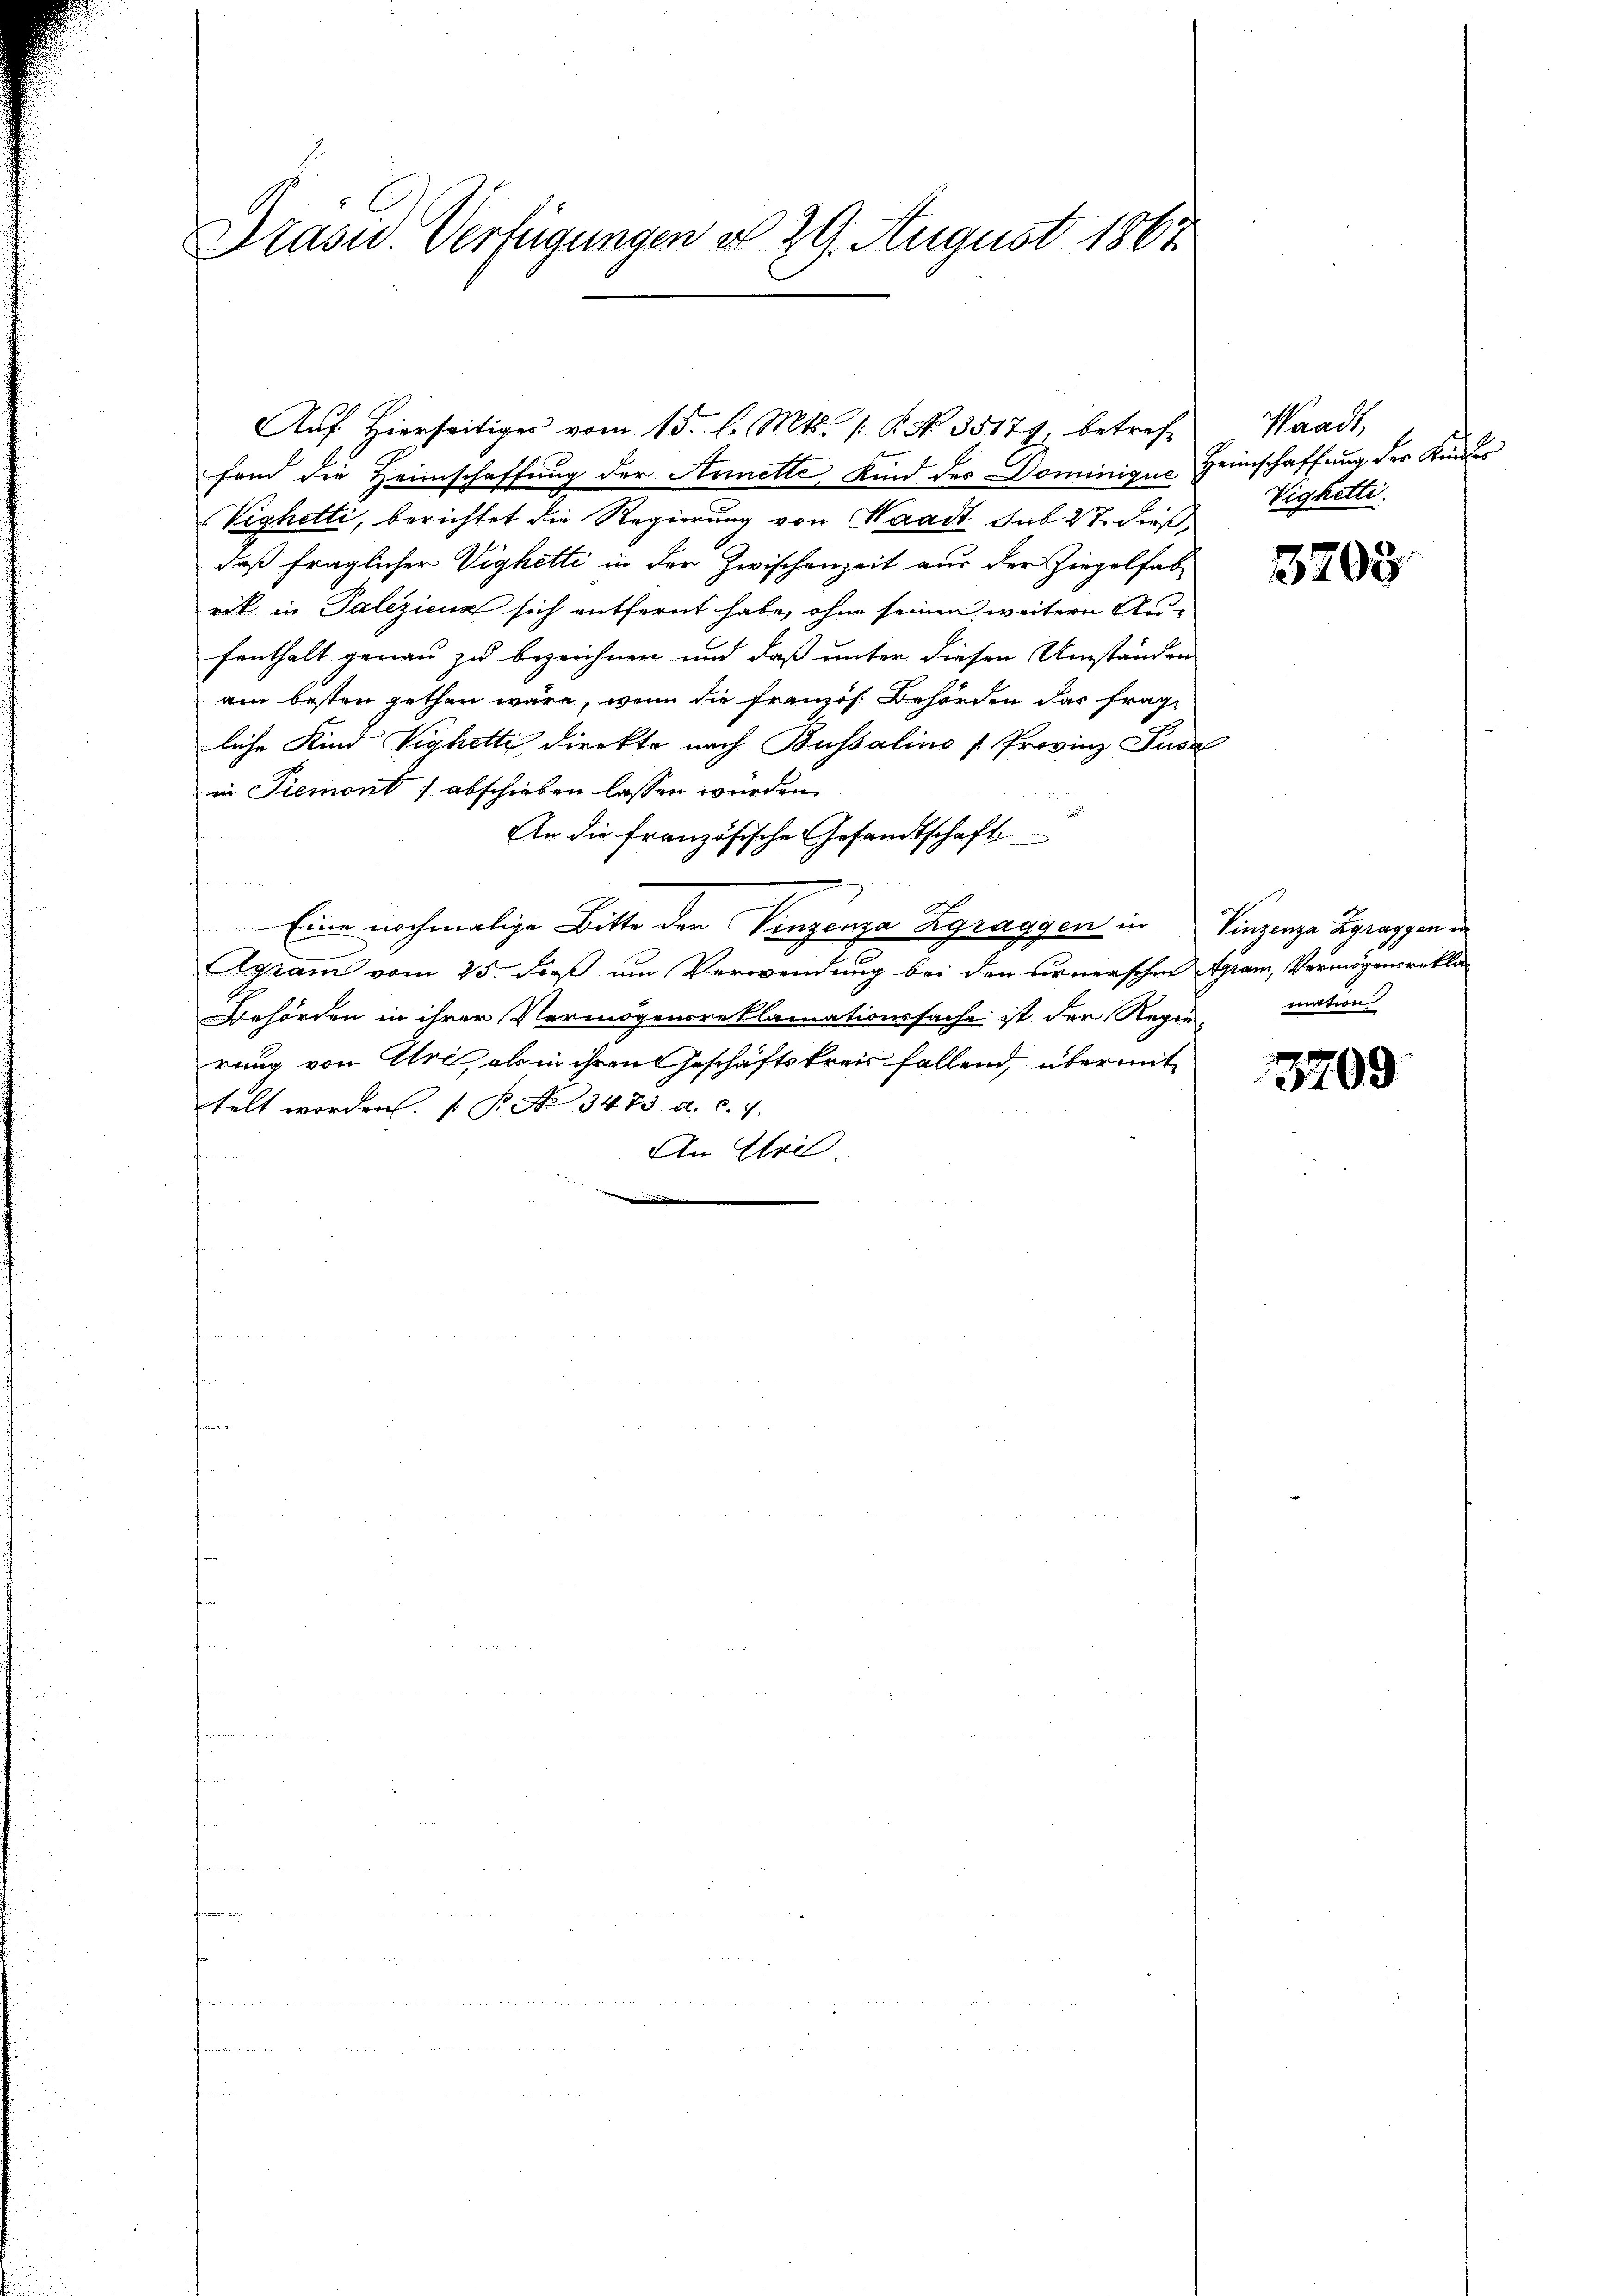
Präsid.. Verfügungen d. 29. August 1867

fend die Heimschaffung der Arnette Kind des Dominiquo, Heimschaffung der Kinder
Vighetti, berichtet die Regierung von Waadt sub. 27. dieß
daß fraglicher Vighetti in der Zwischenzeit aus der Ziegelfab
rik in Palezienz sich entfernt habe, ohne seinen weitern Aufenthalt genau zu bezeichnen und daß unter diesen Umständen
am besten gethan wäre, wenn die Franzes Behörden das frage
liche Kind Vighetti direkte nach Bussalino Provinz Susa
in Piemont) abschieben lassen wurden.
An die französische Gesandtschaft
fammen
Eine nochmalige Bitte der Vinzenza Zgraggen in Vinzenza Zgraggen d
Agram vom 25. dieß um Verwendung bei den Firnerschen Tram, Vermögensrekla
Behörden in ihrer Vermögensreklamationssache ist der Regierung von Uri, als in ihren Geschäftskreis fallend, übermit
telt worden. ( P. No 3473. a. c. 7.
An Wei
mini

Aŭf Hierseitiges vom 15. l. Mts. (: P. No. 3517), betref¬

Waadt,
Vigketti.

3703

mation

13709